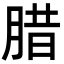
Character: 腊